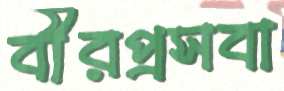
বীরপ্রসবা